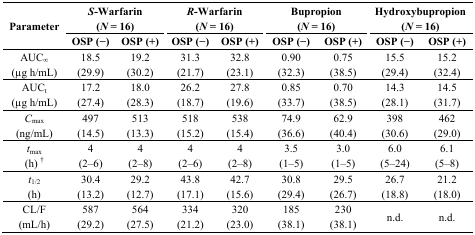
| <ROWSPAN=3> Parameter | <COLSPAN=2> S-Warfarin (N = 16) | <COLSPAN=2> R-Warfarin (N = 16) | <COLSPAN=2> Bupropion (N = 16) | <COLSPAN=2> Hydroxybupropion (N = 16) |
 | OSP (−) | OSP (+) | OSP (−) | OSP (+) | OSP (−) | OSP (+) | OSP (−) | OSP (+) |
 | --- | --- | --- | --- | --- | --- | --- | --- | --- |
 | AUC∞ (μg h/mL) | 18.5 (29.9) | 19.2 (30.2) | 31.3 (21.7) | 32.8 (23.1) | 0.90 (32.3) | 0.75 (38.5) | 15.5 (29.4) | 15.2 (32.4) |
 | AUCt (μg h/mL) | 17.2 (27.4) | 18.0 (28.3) | 26.2 (18.7) | 27.8 (19.6) | 0.85 (33.7) | 0.70 (38.5) | 14.3 (28.1) | 14.5 (31.7) |
 | Cmax (ng/mL) | 497 (14.5) | 513 (13.3) | 518 (15.2) | 538 (15.4) | 74.9 (36.6) | 62.9 (40.4) | 398 (30.6) | 462 (29.0) |
 | tmax (h) † | 4 (2–6) | 4 (2–8) | 4 (2–6) | 4 (2–8) | 3.5 (1–5) | 3.0 (1–5) | 6.0 (5–24) | 6.1 (5–8) |
 | t1/2 (h) | 30.4 (13.2) | 29.2 (12.7) | 43.8 (17.1) | 42.7 (15.6) | 30.8 (29.4) | 29.5 (26.7) | 26.7 (18.8) | 21.2 (18.0) |
 | CL/F (mL/h) | 587 (29.2) | 564 (27.5) | 334 (21.2) | 320 (23.0) | 185 (38.1) | 230 (38.1) | n.d. | n.d. |